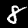
Digit: 8